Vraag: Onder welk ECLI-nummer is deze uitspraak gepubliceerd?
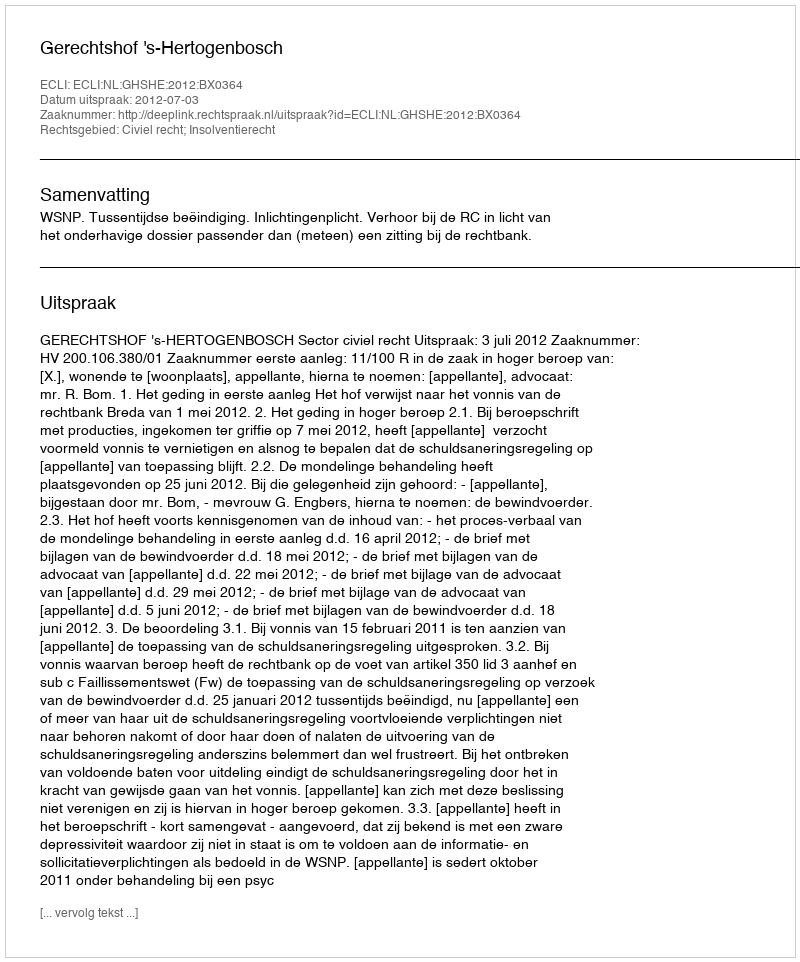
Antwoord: ECLI:NL:GHSHE:2012:BX0364